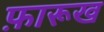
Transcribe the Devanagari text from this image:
फ़ारूख